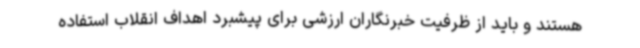
هستند و باید از ظرفیت خبرنگاران ارزشی برای پیشبرد اهداف انقلاب استفاده